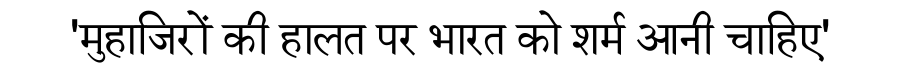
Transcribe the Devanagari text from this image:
'मुहाजिरों की हालत पर भारत को शर्म आनी चाहिए'